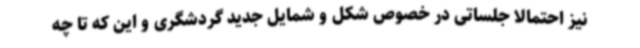
نیز احتمالاً جلساتی در خصوص شکل و شمایل جدید گردشگری و این که تا چه